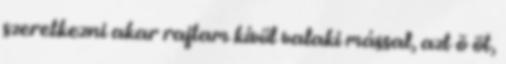
szeretkezni akar rajtam kívül valaki mással, azt õ öt,